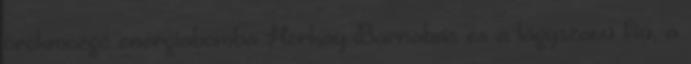
örökmozgó energiabomba Horkay Barnabás és a lágyszavú fiú, a